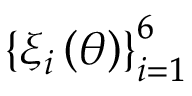
\left\{ \xi _ { i } \left( \theta \right) \right\} _ { i = 1 } ^ { 6 }